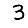
Digit: 3